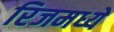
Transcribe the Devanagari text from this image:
रिजमध्ये